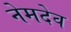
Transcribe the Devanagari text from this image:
नेमदेव